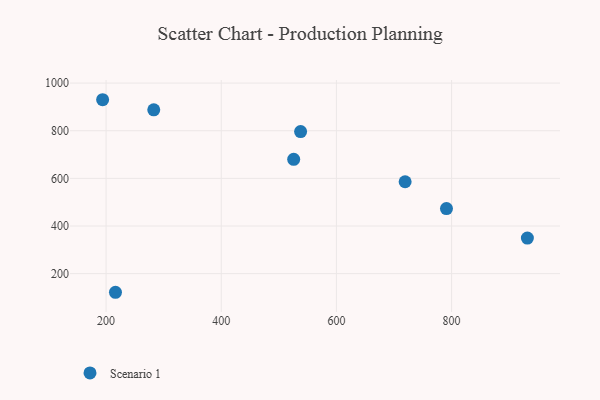
{"axis": {"x": "Price", "y": "Rating"}, "legend": ["Scenario 1"], "data": [{"x": "525.8", "y": 680.0, "type": "Scenario 1"}, {"x": "216.3", "y": 121.8, "type": "Scenario 1"}, {"x": "194.0", "y": 930.1, "type": "Scenario 1"}, {"x": "282.8", "y": 887.6, "type": "Scenario 1"}, {"x": "719.3", "y": 585.8, "type": "Scenario 1"}, {"x": "931.6", "y": 349.4, "type": "Scenario 1"}, {"x": "791.1", "y": 473.3, "type": "Scenario 1"}, {"x": "537.8", "y": 796.3, "type": "Scenario 1"}]}